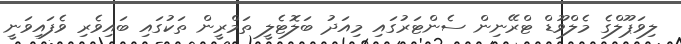
ލިވަޕޫލްގެ މެލްވޫޑް ޓްރޭނިން ސެންޓަރުގައި މިއަދު ބަލޮޓެލީ ތަމްރީން ތަކުގައި ބައިވެރި ވެފައިވަނީ